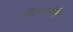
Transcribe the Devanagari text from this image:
संभवामि